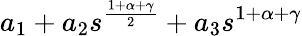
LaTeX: a_{1}+a_{2}s^{\frac{1+\alpha+\gamma}{2}}+a_{3}s^{1+\alpha+\gamma}